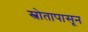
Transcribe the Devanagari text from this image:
स्त्रोतापासून